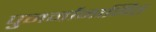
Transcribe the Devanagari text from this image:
पुनर्नानामित